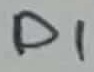
Text: D1